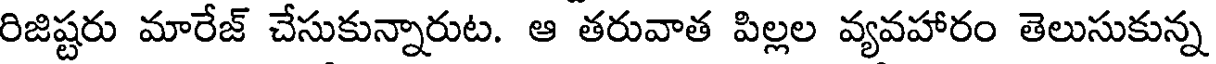
రిజిష్టరు మారేజ్ చేసుకున్నారుట. ఆ తరువాత పిల్లల వ్యవహారం తెలుసుకున్న